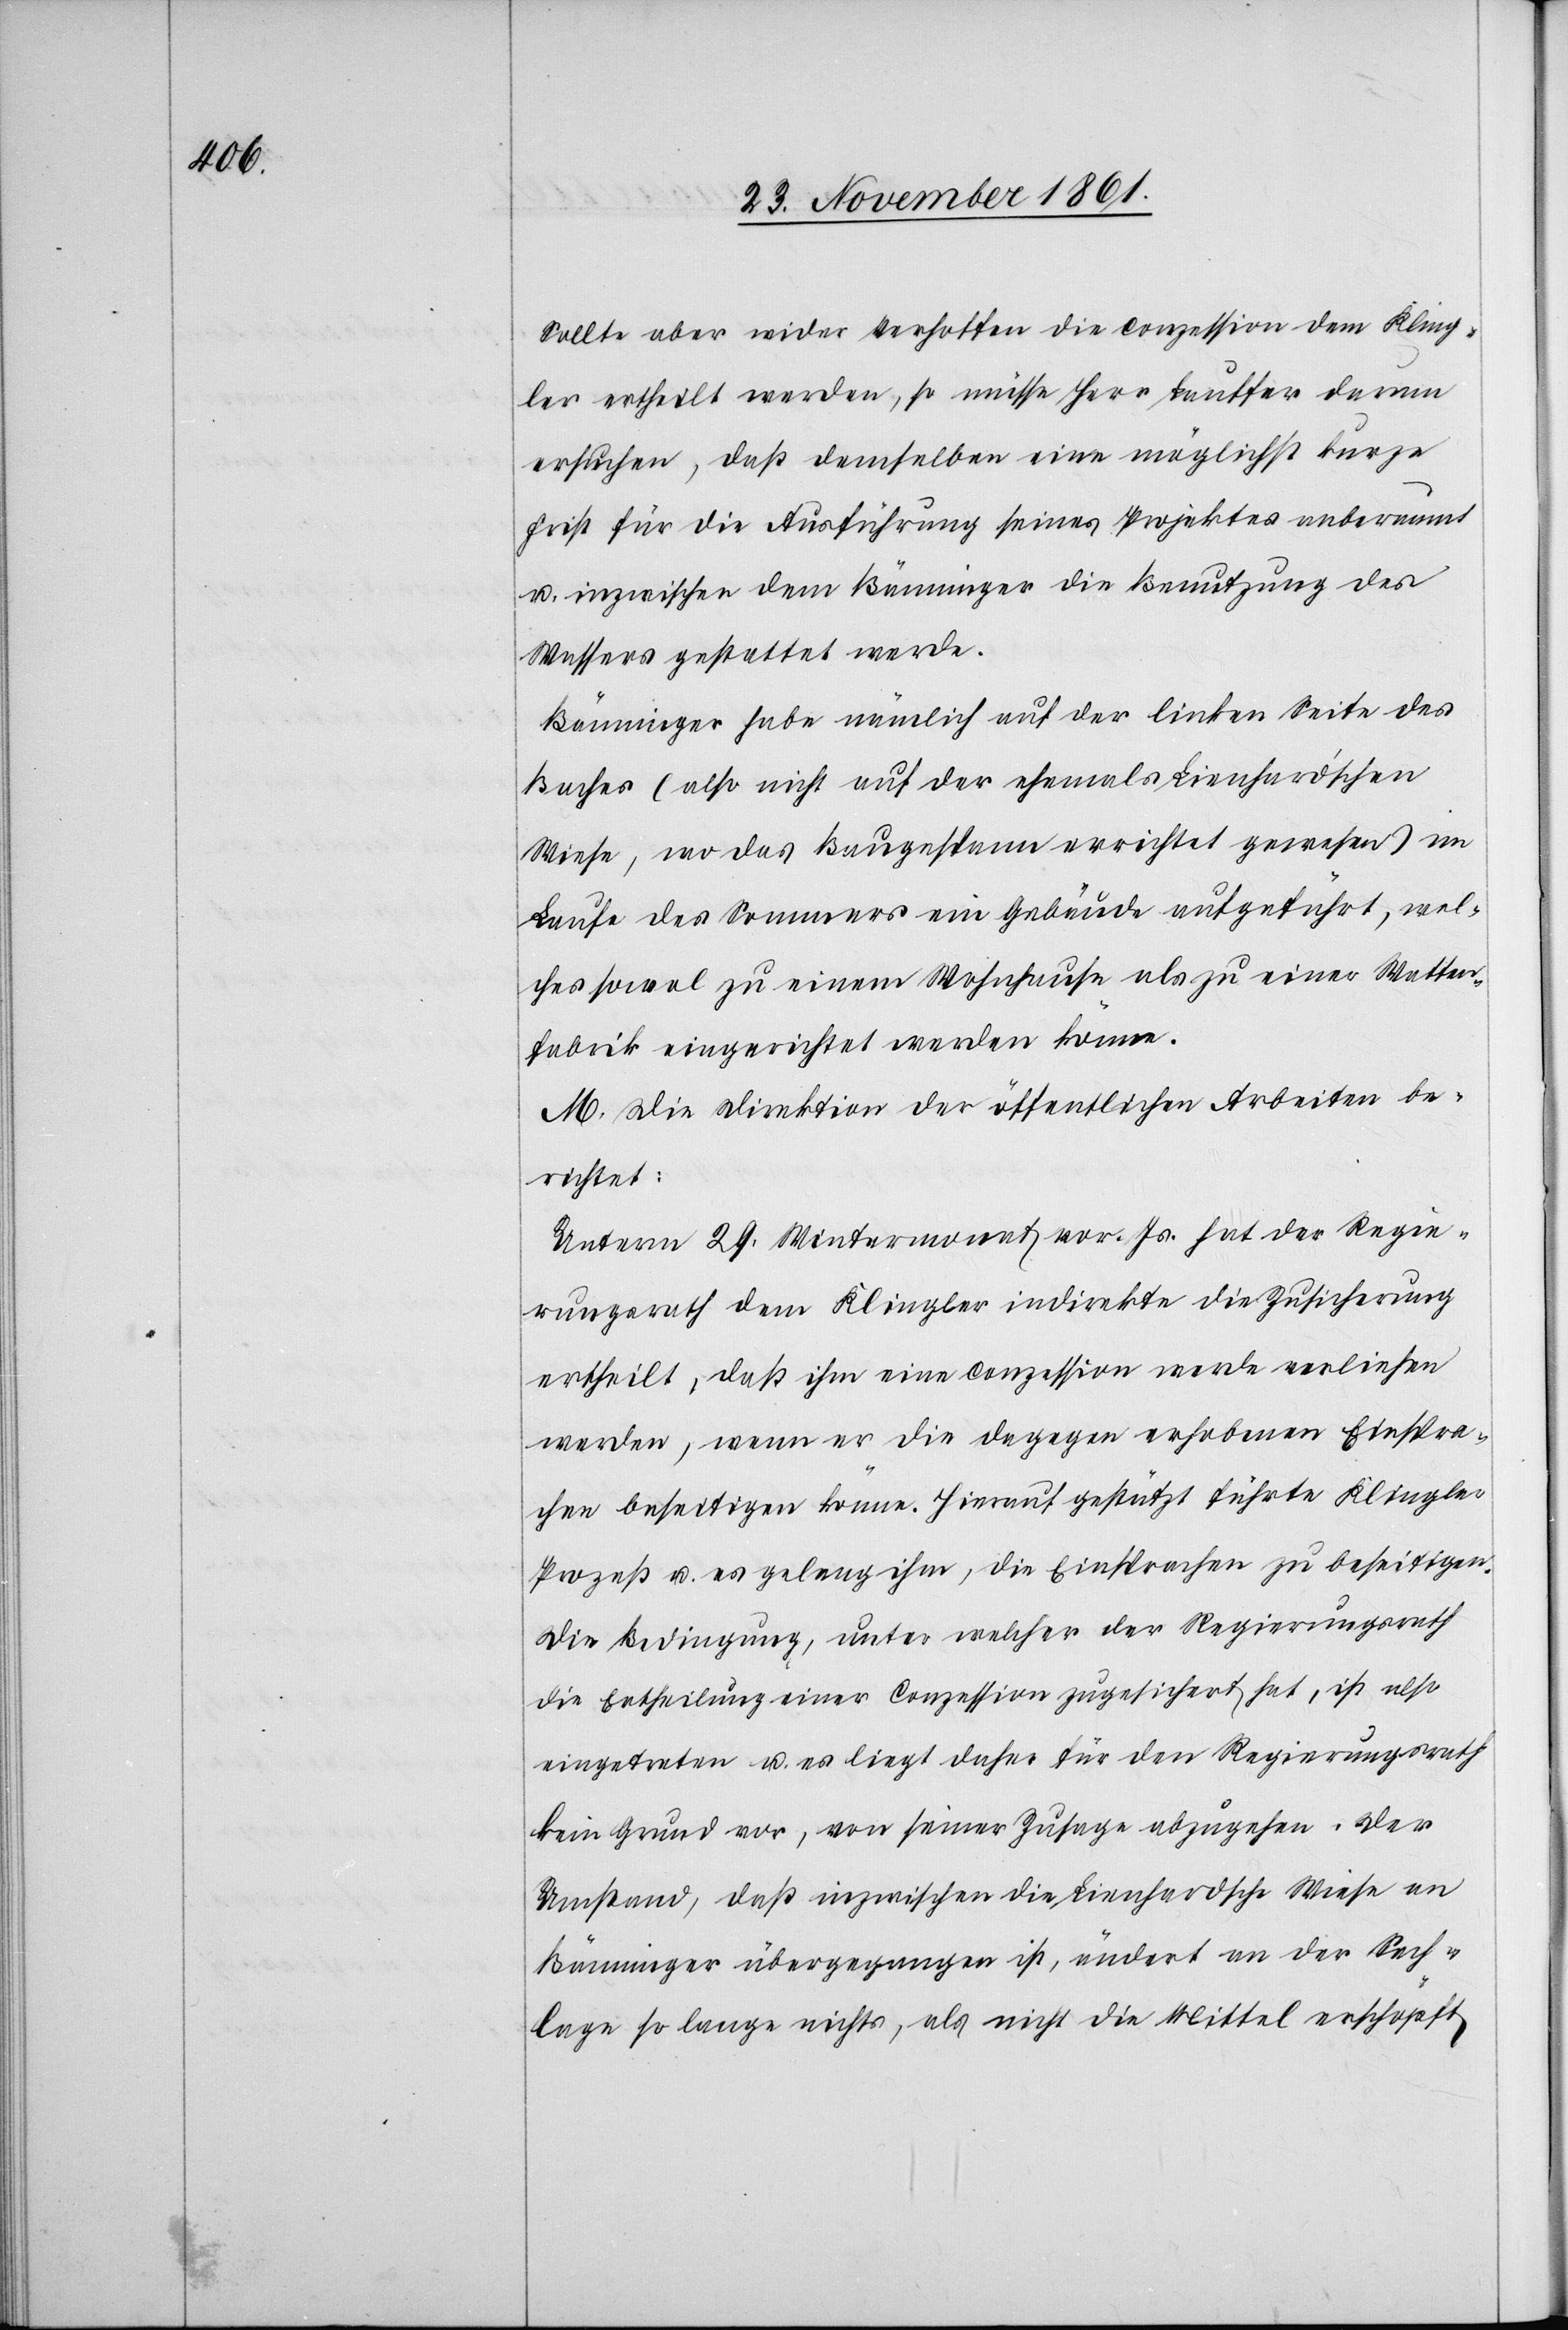
Sollte aber wider Verhoffen die Conzession dem Kling¬
ler ertheilt werden, so müsse Herr Lauffer darum
ersuchen, daß demselben eine möglichst kurze
Frist für die Ausführung seines Projektes anberaumt
u. inzwischen dem Bänninger die Benutzung des
Wassers gestattet werde.
Bänninger habe nämlich auf der linken Seite des
Baches (also nicht auf der ehemals Lienhard’schen
Wiese, wo das Baugespann errichtet gewesen) im
Laufe des Sommers ein Gebäude aufgeführt, wel¬
ches sowol zu einem Wohnhause als zu einer Watten¬
fabrik eingerichtet werden könne.
M. Die Direktion der öffentlichen Arbeiten be¬
richtet:
Unterm 29 Wintermonat vor. Js. hat der Regie¬
rungsrath dem Klingler indirekte die Zusicherung
ertheilt, daß ihm eine Conzession werde verliehen
werden, wenn er die dagegen erhobenen Einspra¬
chen beseitigen könne. Hierauf gestützt führte Klingler
Prozeß u. es gelang ihm, die Einsprachen zu beseitigen.
Die Bedingung, unter welcher der Regierungsrath
die Ertheilung einer Conzession zugesichert hat, ist also
eingetreten u. es liegt daher für den Regierungsrath
kein Grund vor, von seiner Zusage abzugehen. Der
Umstand, daß inzwischen die Lienhardsche Wiese an
Bänninger übergegangen ist, ändert an der Sach¬
lage so lange nichts, als nicht die Mittel erschöpft